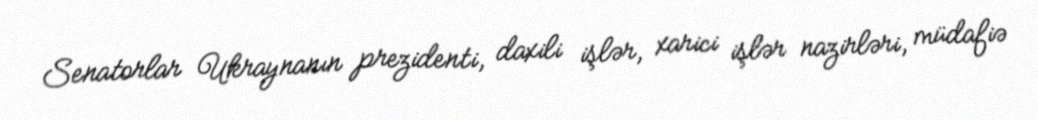
Senatorlar Ukraynanın prezidenti, daxili işlər, xarici işlər nazirləri, müdafiə